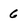
Character: 6